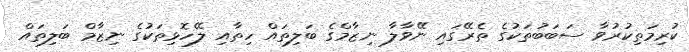
ކުރިމަތިކުރުވާ ސަބަބުތަކުގެ ތެރޭގައި ނޭވާލާ ނިޒާމްގެ ބަލިތައް ހިތާއި ލޭހޮޅިތަކުގެ ނިޒާމް ބަލިތައް